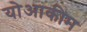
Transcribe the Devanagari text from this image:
योआकीम